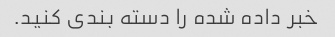
خبر داده شده را دسته بندی کنید.